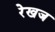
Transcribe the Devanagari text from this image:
रेखज